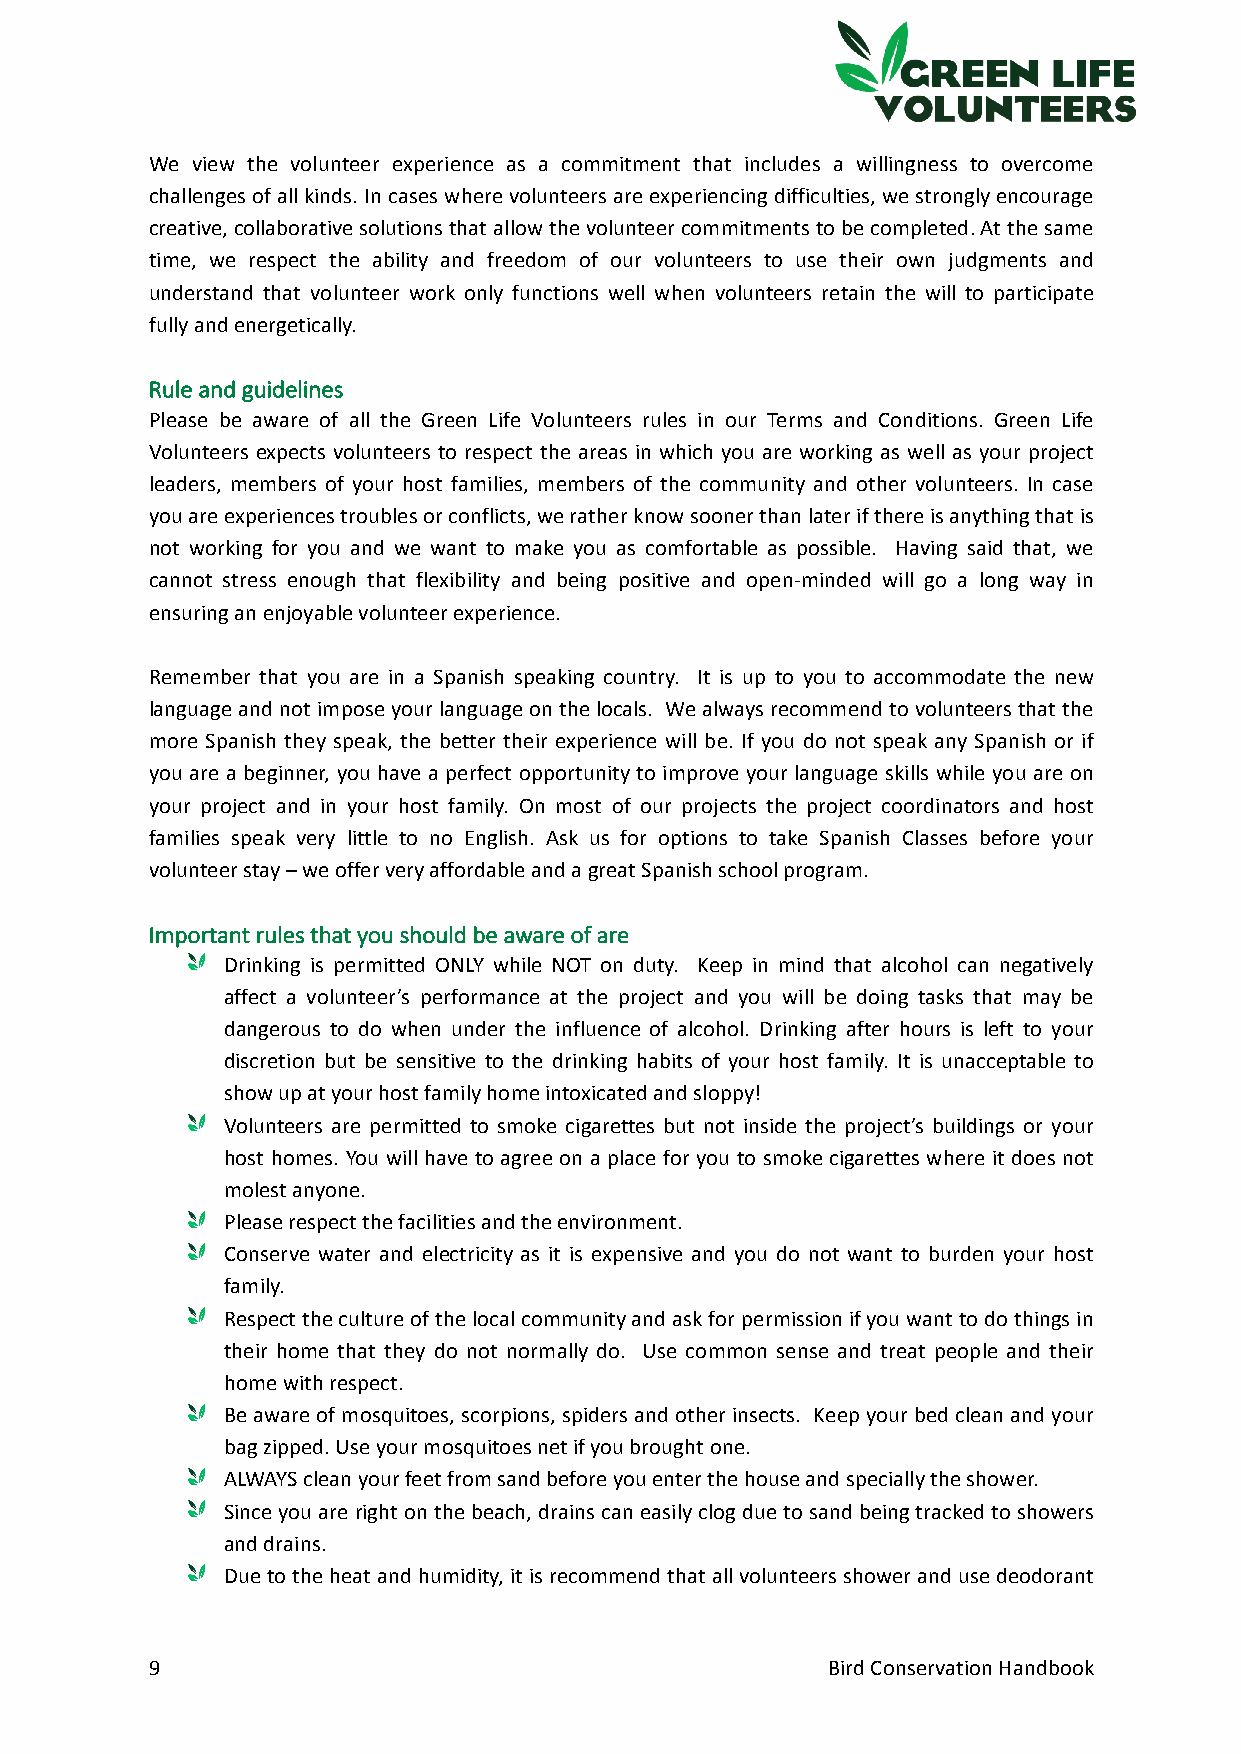
We view the volunteer experience as a commitment that includes a willingness to overcome
 challenges of all kinds. In cases where volunteers are experiencing difficulties, we strongly encourage
 creative, collaborative solutions that allow the volunteer commitments to be completed. At the same
 time, we respect the ability and freedom of our volunteers to use their own judgments and
 understand that volunteer work only functions well when volunteers retain the will to participate
 fully and energetically.
 Rule and guidelines
 Please be aware of all the Green Life Volunteers rules in our Terms and Conditions. Green Life
 Volunteers expects volunteers to respect the areas in which you are working as well as your project
 leaders, members of your host families, members of the community and other volunteers. In case
 you are experiences troubles or conflicts, we rather know sooner than later if there is anything that is
 not working for you and we want to make you as comfortable as possible. Having said that, we
 cannot stress enough that flexibility and being positive and open-minded will go a long way in
 ensuring an enjoyable volunteer experience.
 Remember that you are in a Spanish speaking country. It is up to you to accommodate the new
 language and not impose your language on the locals. We always recommend to volunteers that the
 more Spanish they speak, the better their experience will be. If you do not speak any Spanish or if
 you are a beginner, you have a perfect opportunity to improve your language skills while you are on
 your project and in your host family. On most of our projects the project coordinators and host
 families speak very little to no English. Ask us for options to take Spanish Classes before your
 volunteer stay – we offer very affordable and a great Spanish school program.
 Important rules that you should be aware of are
 Drinking is permitted ONLY while NOT on duty. Keep in mind that alcohol can negatively
 affect a volunteer’s performance at the project and you will be doing tasks that may be
 dangerous to do when under the influence of alcohol. Drinking after hours is left to your
 discretion but be sensitive to the drinking habits of your host family. It is unacceptable to
 show up at your host family home intoxicated and sloppy!
 Volunteers are permitted to smoke cigarettes but not inside the project’s buildings or your
 host homes. You will have to agree on a place for you to smoke cigarettes where it does not
 molest anyone.
 Please respect the facilities and the environment.
 Conserve water and electricity as it is expensive and you do not want to burden your host
 family.
 Respect the culture of the local community and ask for permission if you want to do things in
 their home that they do not normally do. Use common sense and treat people and their
 home with respect.
 Be aware of mosquitoes, scorpions, spiders and other insects. Keep your bed clean and your
 bag zipped. Use your mosquitoes net if you brought one.
 ALWAYS clean your feet from sand before you enter the house and specially the shower.
 Since you are right on the beach, drains can easily clog due to sand being tracked to showers
 and drains.
 Due to the heat and humidity, it is recommend that all volunteers shower and use deodorant
 9                                            Bird Conservation Handbook